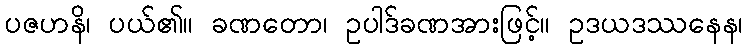
ပဇဟနိ၊ ပယ်၏။ ခဏတော၊ ဥပါဒ်ခဏအားဖြင့်။ ဥဒယဒဿနေန၊